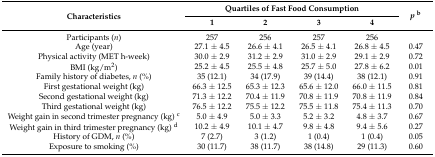
<table><thead><tr><td rowspan="2"><b>Characteristics</b></td><td colspan="4"><b>Quartiles of Fast Food Consumption</b></td><td rowspan="2"><b><i>p</i><sup>b</sup></b></td></tr><tr><td><b>1</b></td><td><b>2</b></td><td><b>3</b></td><td><b>4</b></td></tr></thead><tbody><tr><td>Participants (<i>n</i>)</td><td>257</td><td>256</td><td>257</td><td>256</td><td></td></tr><tr><td>Age (year)</td><td>27.1 ± 4.5</td><td>26.6 ± 4.1</td><td>26.5 ± 4.1</td><td>26.8 ± 4.5</td><td>0.47</td></tr><tr><td>Physical activity (MET h-week)</td><td>30.0 ± 2.9</td><td>31.2 ± 2.9</td><td>31.0 ± 2.9</td><td>29.1 ± 2.9</td><td>0.72</td></tr><tr><td>BMI (kg/m<sup>2</sup>)</td><td>25.2 ± 4.5</td><td>25.5 ± 4.8</td><td>25.7 ± 5.0</td><td>27.8 ± 6.2</td><td>0.01</td></tr><tr><td>Family history of diabetes, <i>n</i> (%)</td><td>35 (12.1)</td><td>34 (17.9)</td><td>39 (14.4)</td><td>38 (12.1)</td><td>0.91</td></tr><tr><td>First gestational weight (kg)</td><td>66.3 ± 12.5</td><td>65.3 ± 12.3</td><td>65.6 ± 12.0</td><td>66.0 ± 11.5</td><td>0.81</td></tr><tr><td>Second gestational weight (kg)</td><td>71.3 ± 12.2</td><td>70.4 ± 11.9</td><td>70.8 ± 11.9</td><td>70.8 ± 11.9</td><td>0.84</td></tr><tr><td>Third gestational weight (kg)</td><td>76.5 ± 12.2</td><td>75.5 ± 12.2</td><td>75.5 ± 11.8</td><td>75.4 ± 11.3</td><td>0.70</td></tr><tr><td>Weight gain in second trimester pregnancy (kg) <sup>c</sup></td><td>5.0 ± 4.9</td><td>5.0 ± 3.3</td><td>5.2 ± 3.2</td><td>4.8 ± 3.7</td><td>0.67</td></tr><tr><td>Weight gain in third trimester pregnancy (kg) <sup>d</sup></td><td>10.2 ± 4.9</td><td>10.1 ± 4.7</td><td>9.8 ± 4.8</td><td>9.4 ± 5.6</td><td>0.27</td></tr><tr><td>History of GDM, <i>n</i> (%)</td><td>7 (2.7)</td><td>3 (1.2)</td><td>1 (0.4)</td><td>1 (0.4)</td><td>0.05</td></tr><tr><td>Exposure to smoking (%)</td><td>30 (11.7)</td><td>38 (11.7)</td><td>38 (14.8)</td><td>29 (11.3)</td><td>0.60</td></tr></tbody></table>